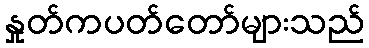
နှုတ်ကပတ်တော်များသည်